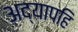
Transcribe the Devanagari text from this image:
अद्यापहि